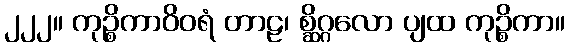
၂၂၂။ ကုဉ္စိကာဝိဝရံ တာဠ၊ စ္ဆိဂ္ဂလော ပျထ ကုဉ္စိကာ။